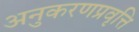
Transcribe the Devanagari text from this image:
अनुकरणप्रवृत्ति